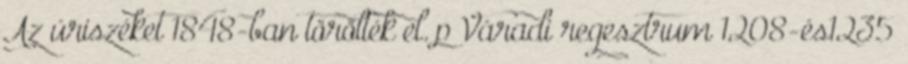
Az úriszéket 1848-ban törölték el. p Váradi regesztrum 1208-és1235